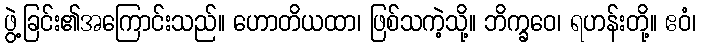
ဖွဲ့ခြင်း၏အကြောင်းသည်။ ဟောတိယထာ၊ ဖြစ်သကဲ့သို့။ ဘိက္ခဝေ၊ ရဟန်းတို့။ ဧဝံ၊